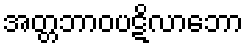
အတ္တဘာဝပဋိလာဘော